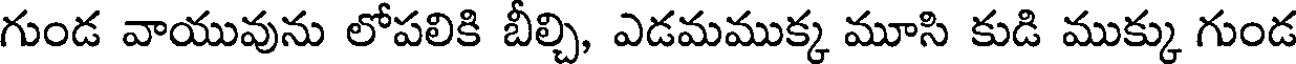
గుండ వాయువును లోపలికి బీల్చి, ఎడమముక్క మూసి కుడి ముక్కు గుండ